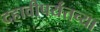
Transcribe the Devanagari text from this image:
दहावीपर्यंतच्या